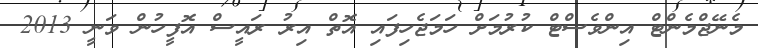
މެނޭޖްމެންޓް އިންވެސްޓް ކުރުމަށް ހަމަޖެހިފައި އޮތް އިރު ރައީސް އޮފީހުން ވަނީ 2013